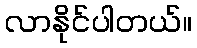
လာနိုင်ပါတယ်။